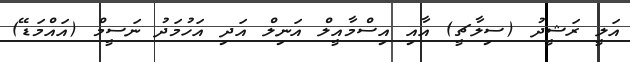
އަލީ ރަޝީދު (ސިލާޗީ) އާއި އިސްމާއީލް އަނިލް އަދި އަހުމަދު ނަސީމް (އައްމަޑޭ)